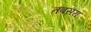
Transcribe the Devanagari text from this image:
तबसरा